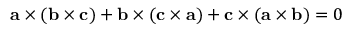
\mathbf { a } \times ( \mathbf { b } \times \mathbf { c } ) + \mathbf { b } \times ( \mathbf { c } \times \mathbf { a } ) + \mathbf { c } \times ( \mathbf { a } \times \mathbf { b } ) = 0